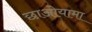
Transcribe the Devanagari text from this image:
छाओयामा